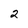
Character: 2